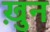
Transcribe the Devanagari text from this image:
ख़ुन